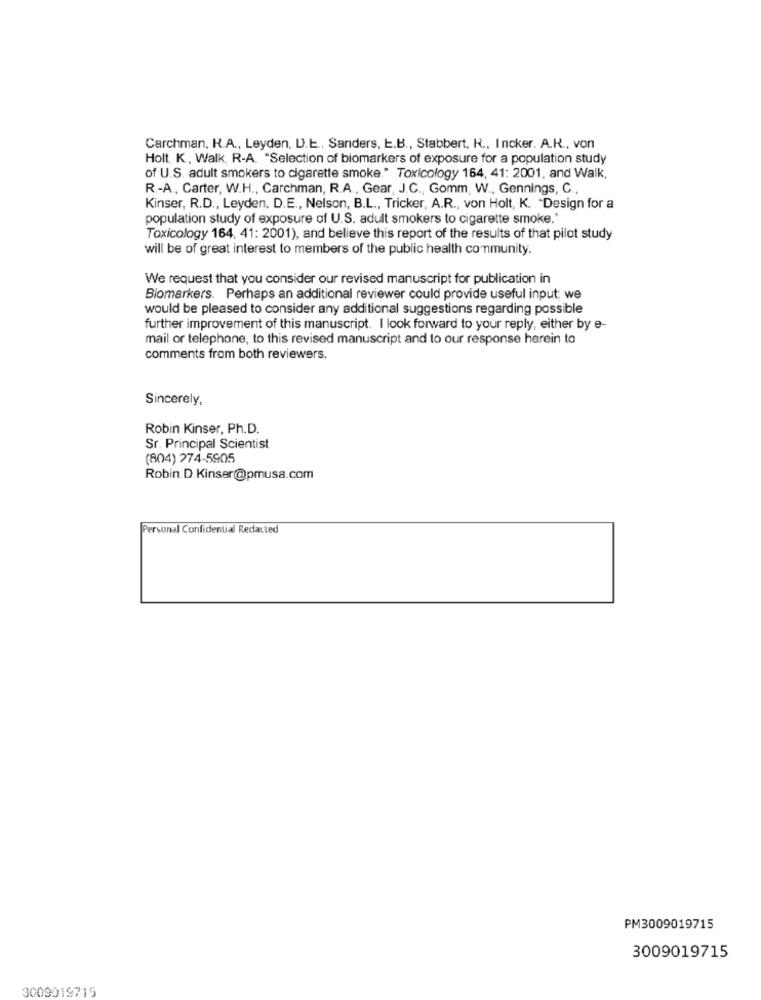
Carchman, R.A ., Leyden, U.E ., Sanders, E.B ., Stabbert, R ., Incker. A.K ., von
Holt, K ., Walk, R-A. "Selection of biomarkers of exposure for a population study
of U.S. adult smokers to cigarette smoke." Toxicology 164, 41: 2001, and Walk,
R .- A ., Carter, W.H ., Carchman, R.A ., Gear, J.C ., Gomm, W ., Gennings, C.
Kinser, R.D ., Leyden. D.E ., Nelson, B.L ., Tricker, A.R ., von Holt, K. "Design for a
population study of exposure of U.S. adult smokers to cigarette smoke."
Toxicology 164, 41: 2001), and believe this report of the results of that pilot study
will be of great interest to members of the public health community.
We request that you consider our revised manuscript for publication in
Biomarkers. Perhaps an additional reviewer could provide useful input; we
would be pleased to consider any additional suggestions regarding possible
further improvement of this manuscript. I look forward to your reply, either by e-
mail or telephone, to this revised manuscript and to our response herein to
comments from both reviewers.
Sincerely,
Robin Kinser, Ph.D.
Sr. Principal Scientist
(804) 274-5905
Robin D.Kinser@pmusa.com
Personal Confidential Redacted
PM3009019715
3009019715
3009019715